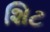
શિટ